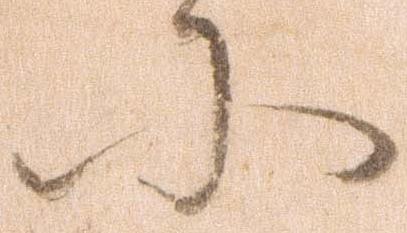
に